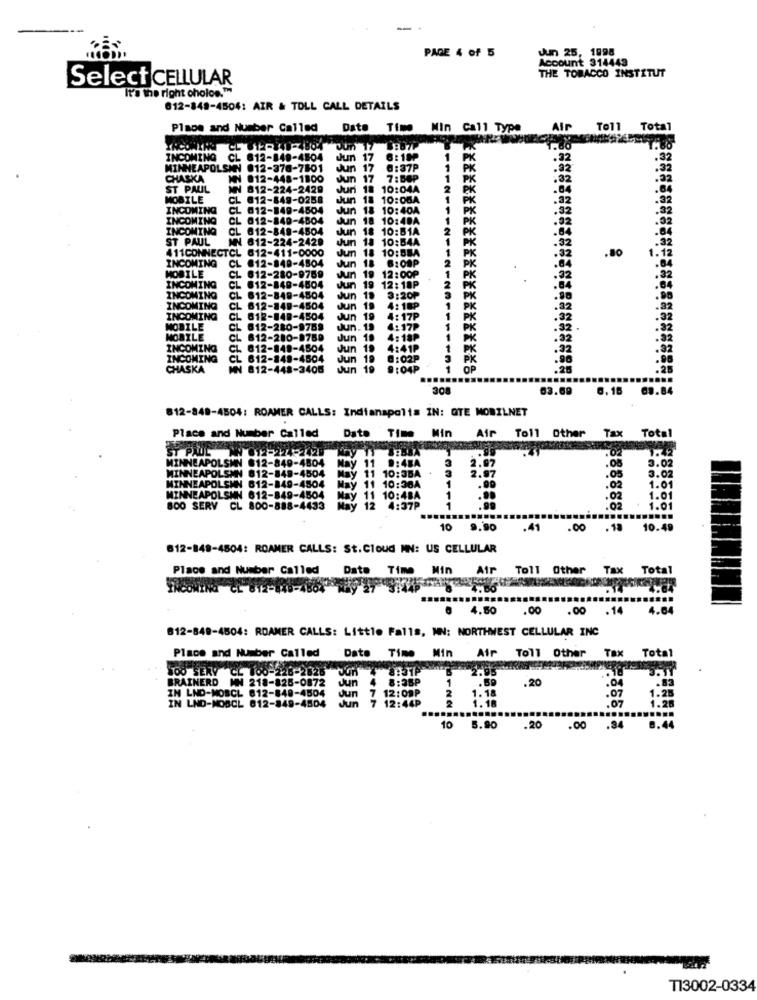
-
PAGE 4 of 5
Jun 25, 1998
Account 314443
THE TOBACCO INSTITUT
Select CELLULAR
It's the right cholos."
812-848-4504: AIR & TOLL CALL DETAILS
Place and Number Called
Date Time
Min Call Type
Air Toll Total
un
1.60
INCOMING
CL
612-849-4504
:17
6:18P
.32
.32
MINNEAPOLSIN 012-378-7601
17
0:37P
CHASKA
IN 812-448-1800
sun
17
7: BOP
ST PAUL
NN 812-224-2429
Juri 18
10:04A
MOBILE
CL
012-849-0258
Jun
18
10:06A
INCOMING
CL
012-849-4504
Jun
11
10:40A
INCOMING
CL
012-840-4804
18 10:40A
INCOMING
CL
612-849-4504
10:51A
ST PAUL
612-224-2429
Jun
10:54A
PK
.32
411CONNECTCL 612-411-0000
Jun
18
1
.32
1.7
INCOMING
CL 812-849-4504
Jun
10:BEA
8:00P
2
.84
.80
MOBILE
CL
Jun
19
12:00₽
1
INCOMING
612-280-9759
2
.32
CL 612-848-4504
Jun 19 12:18P
3:20₽
INCOMING
CL
812-849-4504
Jun 19
INCOMING
CL
CL 612-849-4504
Jun 19
4:18P
.22
.22
INCOMING
CL
812-849-4504
Jun 19 4:17P
1
PK
.32
NOBILE
CL
612-280-9759
Jun. 19
4:17P
1
PK
MOBILE
CL
CL 812-280-8759
Jun 19 4:18P
1
:02
INCOMING
CL
19 4:41P
92
INCOMING
CL 612-848-4504
Jun 19
0:02P
PR
CHASKA
MN 812-448-3406
Jun 19
9:04P
OP
.25
.....
308
83.69
6.16 89.84
812-849-4504: ROAMER CALLS: Indianapolis IN: QTE MOBILNET
Total
Place and Number Called
Date Time Min
Air Toll Other
Tax
ST PAUL
812-224
.02
1.42
MINNEAPOLSMN 612-849-4804
3.02
MINNEAPOLSMN 812-849-4504
May 1
.08
May 11 10:3BA . 3
.05
MINNEAPOLSMN 612-849-4504
.02
1.0
MINNEAPOLSMN 612-849-4504
May 11 10:4BA
1
.02
1.01
800 SERV CL 800-888-4433
1
.02
1.01
.....
10 9.90
.41
.00 . 18
10.49
612-849-4804: ROAMER CALLS: St.Cloud MN: US CELLULAR
Place and Number Called
Date Time Min
Air
Toll Other
Tax Total
INCOMING CL 812-848-7
4.50
.00
.00
.14
4.64
812-849-4504: ROAMER CALLS: Little Falls, MN: NORTHWEST CELLULAR INC
Min
Air Toll Other
Tax
Total
Place and Number Called Date Time
JOO SERY CL 100-226-2626
BRAINERD
MN 218-828-0872 Jun # 8:388
.20
IN LND-MORCL 812-848-4504 Jun 7 12:09P
1.25
IN LND-MOSCL 812-849-4504
7 12:44P
10 5.90 .20 .00
.34
8.4
T13002-0334